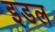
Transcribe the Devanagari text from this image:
इडल